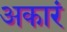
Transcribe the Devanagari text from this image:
अकारं